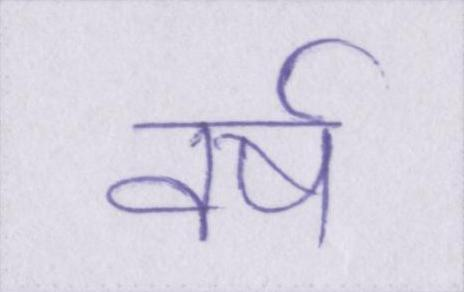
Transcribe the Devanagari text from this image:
वर्ष